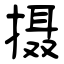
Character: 摄